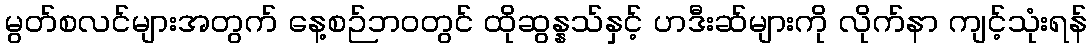
မွတ်စလင်များအတွက် နေ့စဉ်ဘဝတွင် ထိုဆွန္နသ်နှင့် ဟဒီးဆ်များကို လိုက်နာ ကျင့်သုံးရန်